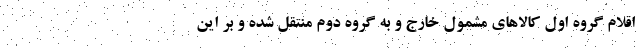
اقلام گروه اول کالاهای مشمول خارج و به گروه دوم منتقل شده و بر این